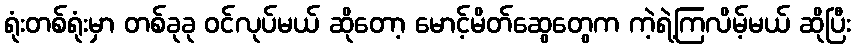
ရုံးတစ်ရုံးမှာ တစ်ခုခု ဝင်လုပ်မယ် ဆိုတော့ မောင့်မိတ်ဆွေတွေက ကဲ့ရဲ့ကြလိမ့်မယ် ဆိုပြီး